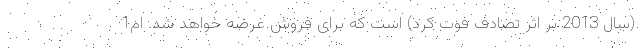
(سال 2013 بر اثر تصادف فوت کرد) است که برای فروش عرضه خواهد شد. ام1